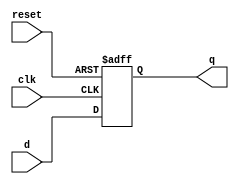
module dff(input clk,reset,d,output reg q);
  always @(posedge clk or negedge reset)begin
    if(!reset)q=0;
    else q=d;
  end
endmodule
  

module detector1000(input clk,reset,x,output q);
  wire Da,Db,Dc;
  wire A,B,C;
  wire [4:0]l;
  and u0(Da,~A,B,C,~x);
  and u1(l[0],~A,B,~C,~x);
  and u2(l[1],~A,~B,C,~x);
  or (Db,l[0],l[1]);
  and u3(l[2],~A,x);
  and u4(l[3],~A,B,~C);
  and u5(l[4],~B,~C,x);
  or u6(Dc,l[2],l[3],l[4]);
  and u7(q,A,~B,~C);
  dff u8(clk,reset,Da,A);
  dff u9(clk,reset,Db,B);
  dff u10(clk,reset,Dc,C);
endmodule

module detector1000_tester;
reg  reset,clk,x;
wire q;
always@(clk)$monitor("%b",q);
initial repeat(40)#50 clk=~clk;
initial begin
clk=0;
reset=0;
x=0;
#100 reset=1;
#200 x=1;
#200 x=0;
#300 x=1;
end
detector1000 uut(clk,reset,x,q);

endmodule